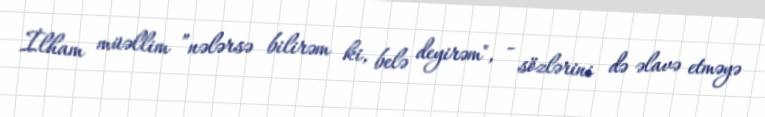
İlham müəllim ”nələrsə bilirəm ki, belə deyirəm", - sözlərini də əlavə etməyə